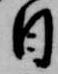
日